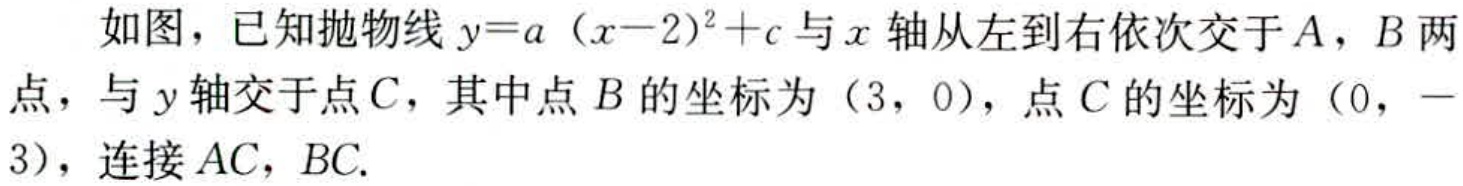
如图，已知抛物线\(y = a(x - 2)^{2}+c\)与\(x\)轴从左到右依次交于\(A\)，\(B\)两点，与\(y\)轴交于点\(C\)，其中点\(B\)的坐标为\((3,0)\)，点\(C\)的坐标为\((0,-3)\)，连接\(AC\)，\(BC\).